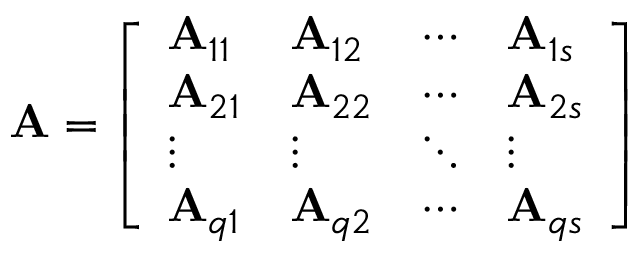
\mathbf { A } = { \left[ \begin{array} { l l l l } { \mathbf { A } _ { 1 1 } } & { \mathbf { A } _ { 1 2 } } & { \cdots } & { \mathbf { A } _ { 1 s } } \\ { \mathbf { A } _ { 2 1 } } & { \mathbf { A } _ { 2 2 } } & { \cdots } & { \mathbf { A } _ { 2 s } } \\ { \vdots } & { \vdots } & { \ddots } & { \vdots } \\ { \mathbf { A } _ { q 1 } } & { \mathbf { A } _ { q 2 } } & { \cdots } & { \mathbf { A } _ { q s } } \end{array} \right] }